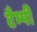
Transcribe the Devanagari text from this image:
टैम्पी